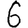
Digit: 6